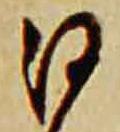
沙